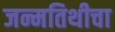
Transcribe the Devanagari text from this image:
जन्मतिथीचा